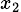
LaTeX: \scriptstyle x_{2}